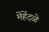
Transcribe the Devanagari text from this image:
मेंहेंदळे